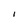
Character: I